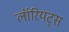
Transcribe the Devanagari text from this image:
लॉरियट्स